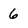
Character: 6